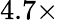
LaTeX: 4.7\times